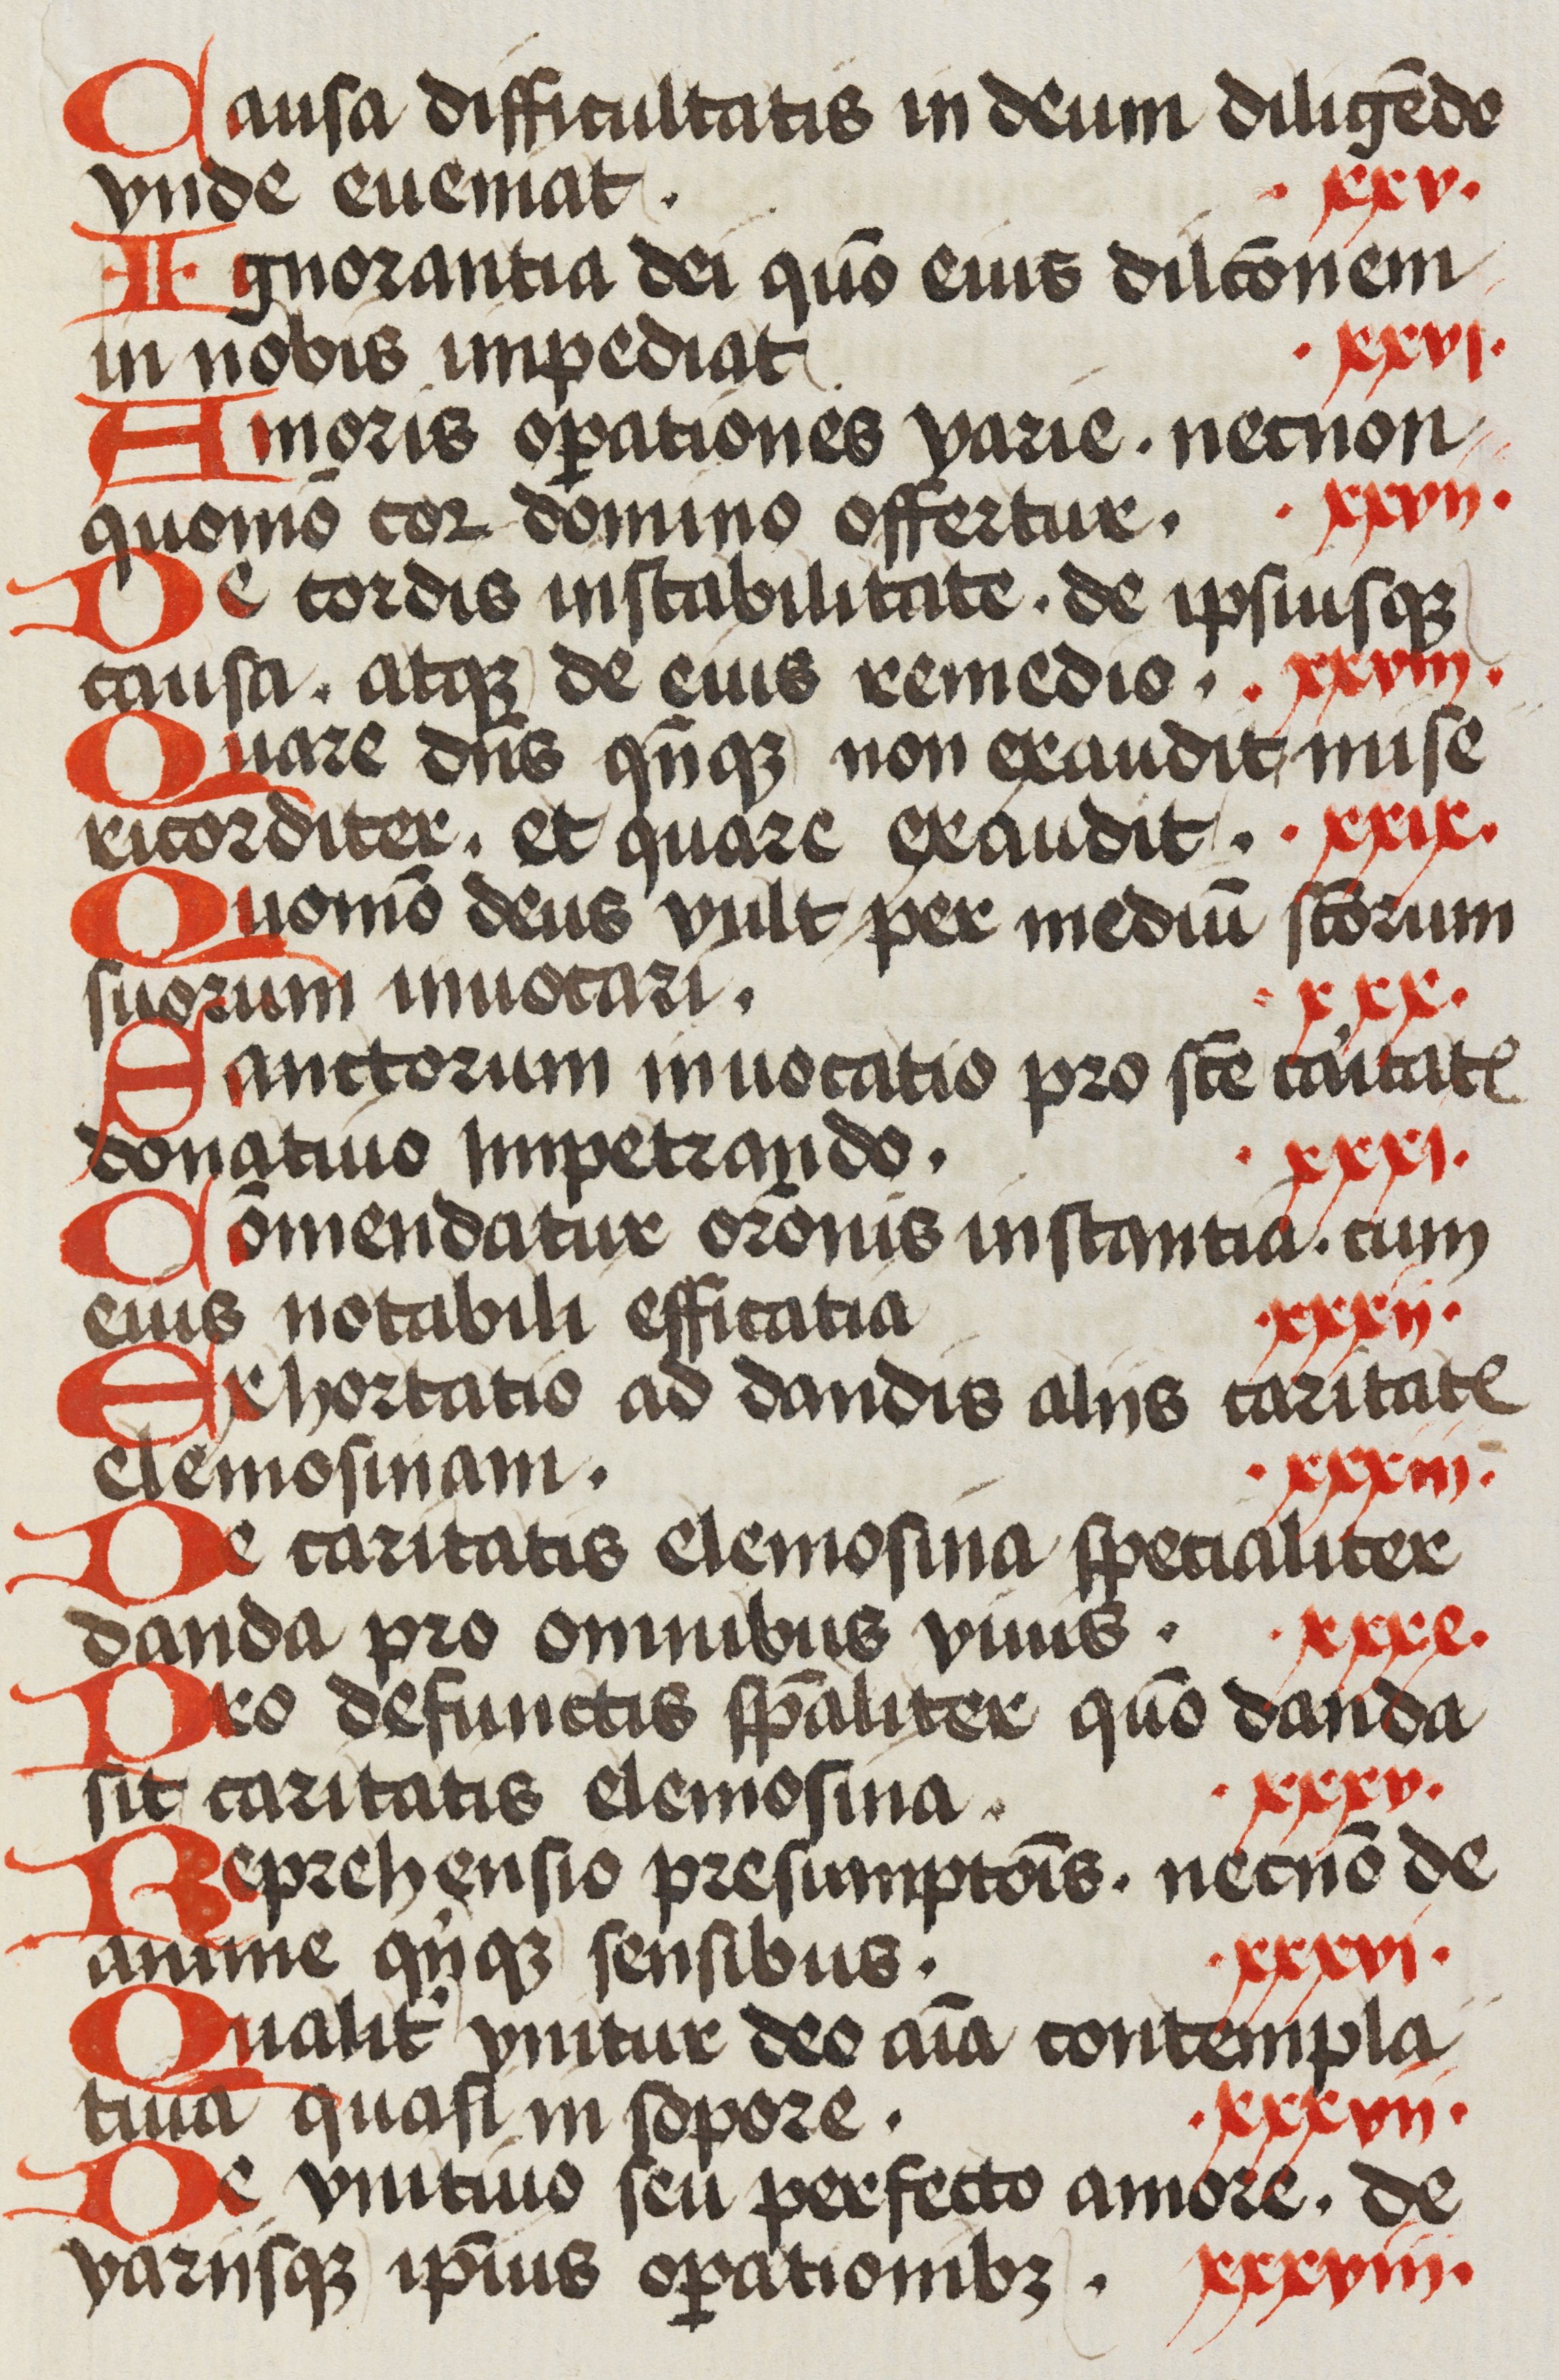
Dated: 1472–1472